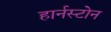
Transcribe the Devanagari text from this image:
हार्नस्टोन